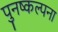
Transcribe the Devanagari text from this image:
पुनष्कल्पना